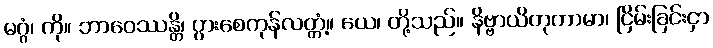
မဂ္ဂံ၊ ကို။ ဘာဝေဿန္တိ၊ ပွားစေကုန်လတ္တံ့။ ယေ၊ တို့သည်။ နိဗ္ဗာယိတုကာမာ၊ ငြိမ်းခြင်းငှာ